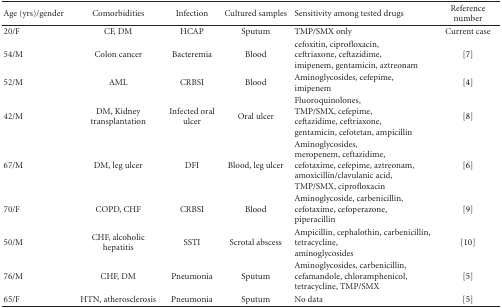
<table><thead><tr><td><b>Age (yrs)/gender</b></td><td><b>Comorbidities</b></td><td><b>Infection</b></td><td><b>Cultured samples</b></td><td><b>Sensitivity among tested drugs</b></td><td><b>Reference number</b></td></tr></thead><tbody><tr><td>20/F</td><td>CF, DM</td><td>HCAP</td><td>Sputum</td><td>TMP/SMX only</td><td>Current case</td></tr><tr><td>54/M</td><td>Colon cancer</td><td>Bacteremia</td><td>Blood</td><td>cefoxitin, ciprofloxacin, ceftriaxone, ceftazidime, imipenem, gentamicin, aztreonam</td><td>[7]</td></tr><tr><td>52/M</td><td>AML</td><td>CRBSI</td><td>Blood</td><td>Aminoglycosides, cefepime,imipenem</td><td>[4]</td></tr><tr><td>42/M</td><td>DM, Kidney transplantation</td><td>Infected oral ulcer</td><td>Oral ulcer</td><td>Fluoroquinolones, TMP/SMX, cefepime, ceftazidime, ceftriaxone, gentamicin, cefotetan, ampicillin</td><td>[8]</td></tr><tr><td>67/M</td><td>DM, leg ulcer</td><td>DFI</td><td>Blood, leg ulcer</td><td>Aminoglycosides, meropenem, ceftazidime, cefotaxime, cefepime, aztreonam, amoxicillin/clavulanic acid, TMP/SMX, ciprofloxacin</td><td>[6]</td></tr><tr><td>70/F</td><td>COPD, CHF</td><td>CRBSI</td><td>Blood</td><td>Aminoglycoside, carbenicillin, cefotaxime, cefoperazone, piperacillin</td><td>[9]</td></tr><tr><td>50/M</td><td>CHF, alcoholichepatitis</td><td>SSTI</td><td>Scrotal abscess</td><td>Ampicillin, cephalothin, carbenicillin, tetracycline, aminoglycosides</td><td>[10]</td></tr><tr><td>76/M</td><td>CHF, DM</td><td>Pneumonia</td><td>Sputum</td><td>Aminoglycosides, carbenicillin, cefamandole, chloramphenicol, tetracycline, TMP/SMX</td><td>[5]</td></tr><tr><td>65/F</td><td>HTN, atherosclerosis</td><td>Pneumonia</td><td>Sputum</td><td>No data</td><td>[5]</td></tr></tbody></table>